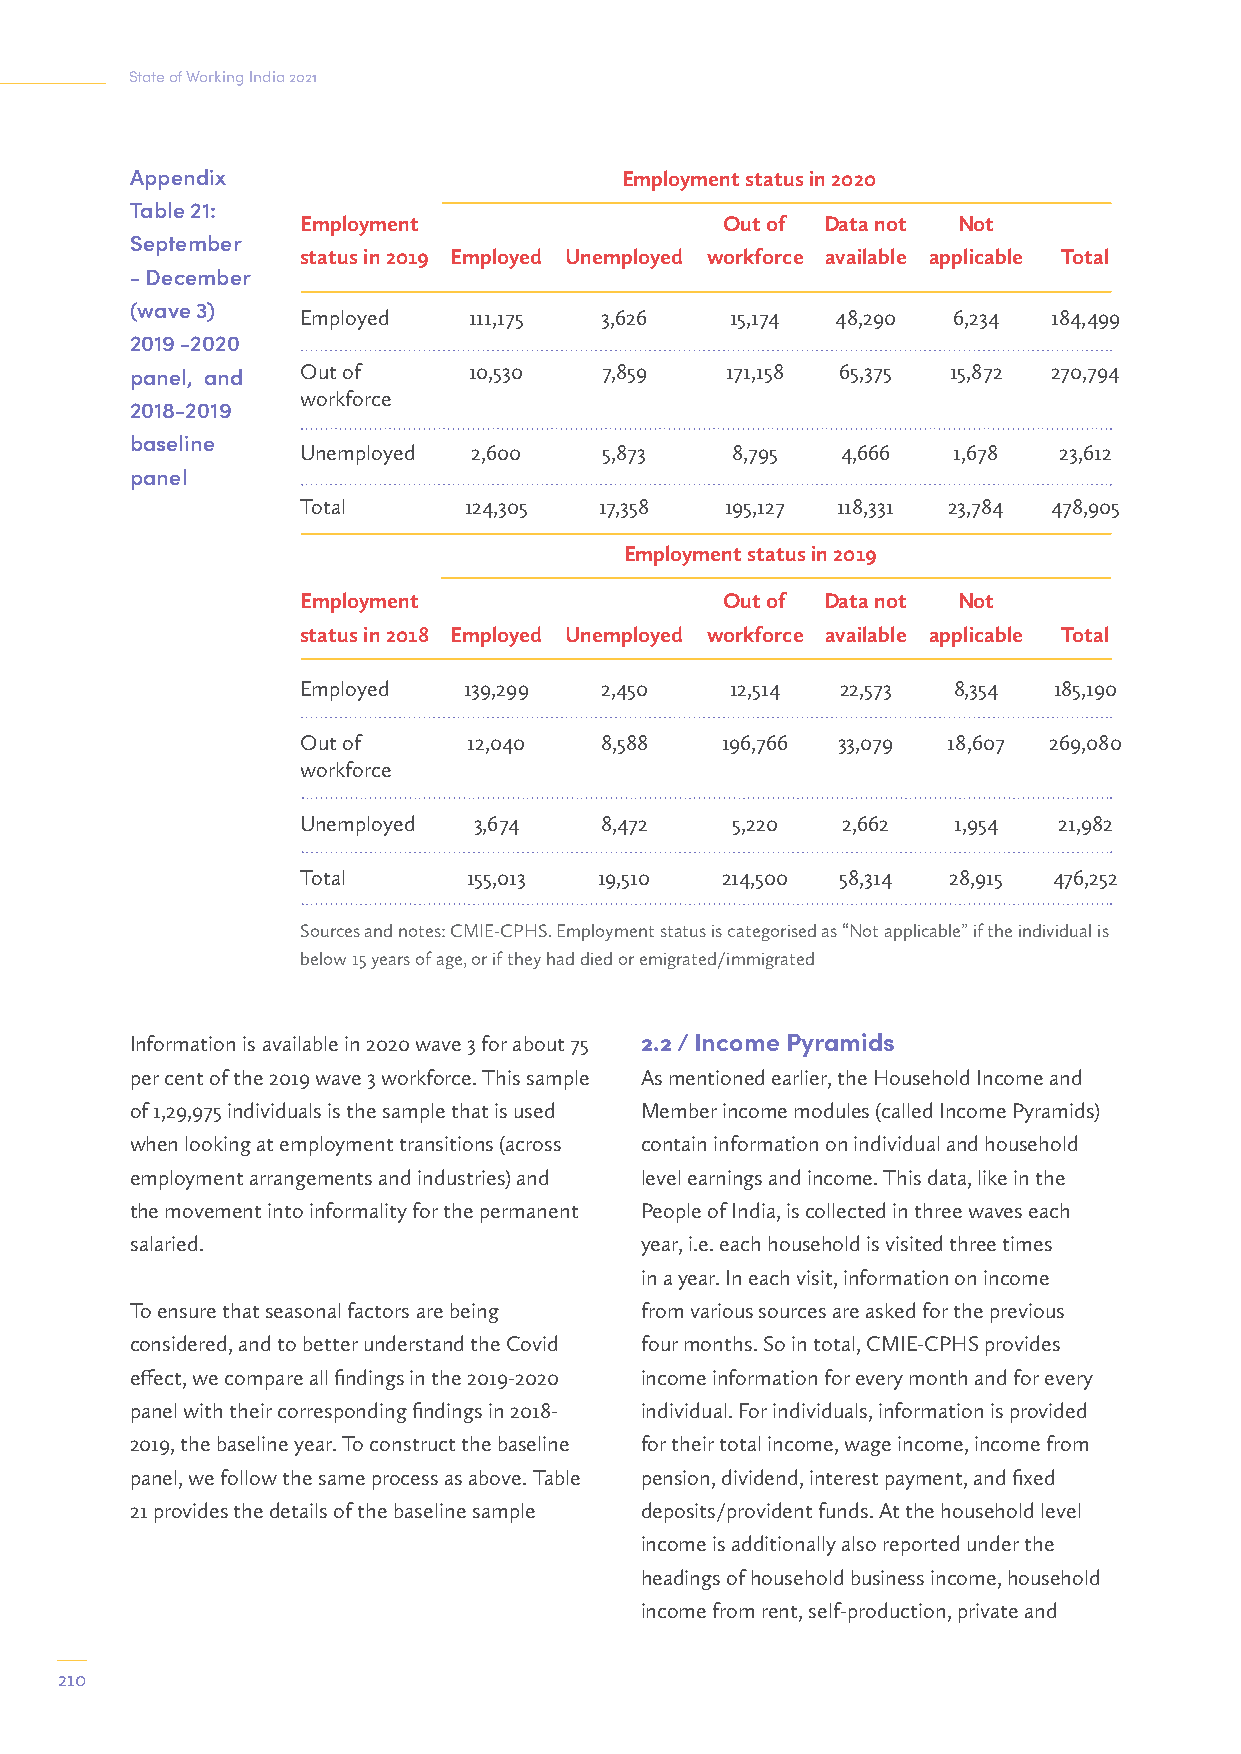
State of Working India 2021
 Appendix                        Employment status in 2020
 Table 21:
 Employment                  Out of Data not Not
 September
 status in 2019 Employed Unemployed workforce available applicable Total
 - December
 (wave 3)
 Employed   111,175  3,626   15,174 48,290  6,234  184,499
 2019 -2020
 panel, and Out of     10,530   7,859   171,158 65,375 15,872 270,794
 workforce
 2018-2019
 baseline
 Unemployed 2,600    5,873   8,795   4,666  1,678  23,612
 panel
 Total      124,305  17,358  195,127 118,331 23,784 478,905
 Employment status in 2019
 Employment                  Out of Data not Not
 status in 2018 Employed Unemployed workforce available applicable Total
 Employed   139,299  2,450   12,514  22,573 8,354  185,190
 Out of     12,040   8,588   196,766 33,079 18,607 269,080
 workforce
 Unemployed 3,674    8,472   5,220   2,662  1,954  21,982
 Total      155,013  19,510  214,500 58,314 28,915 476,252
 Sources and notes: CMIE-CPHS. Employment status is categorised as “Not applicable” if the individual is
 below 15 years of age, or if they had died or emigrated/immigrated
 Information is available in 2020 wave 3 for about 75 2.2 / Income Pyramids
 per cent of the 2019 wave 3 workforce. This sample As mentioned earlier, the Household Income and
 of 1,29,975 individuals is the sample that is used Member income modules (called Income Pyramids)
 when looking at employment transitions (across contain information on individual and household
 employment arrangements and industries) and level earnings and income. This data, like in the
 the movement into informality for the permanent People of India, is collected in three waves each
 salaried.                        year, i.e. each household is visited three times
 in a year. In each visit, information on income
 To ensure that seasonal factors are being from various sources are asked for the previous
 considered, and to better understand the Covid four months. So in total, CMIE-CPHS provides
 effect, we compare all findings in the 2019-2020 income information for every month and for every
 panel with their corresponding findings in 2018- individual. For individuals, information is provided
 2019, the baseline year. To construct the baseline for their total income, wage income, income from
 panel, we follow the same process as above. Table pension, dividend, interest payment, and fixed
 21 provides the details of the baseline sample deposits/provident funds. At the household level
 income is additionally also reported under the
 headings of household business income, household
 income from rent, self-production, private and
 210